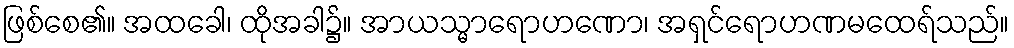
ဖြစ်စေ၏။ အထခေါ၊ ထိုအခါ၌။ အာယသ္မာရောဟဏော၊ အရှင်ရောဟဏမထေရ်သည်။